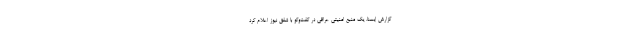
گزارش ایسنا، یک منبع امنیتی عراقی در گفت‌وگو با شفق نیوز اعلام کرد